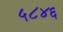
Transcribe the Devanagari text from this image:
५८४६